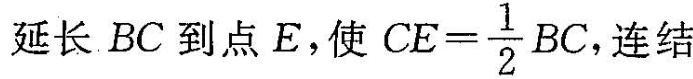
延长 BC 到点 E，使 $$C E = \frac { 1 } { 2 } B C$$ 连结